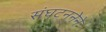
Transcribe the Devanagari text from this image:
संघटननेने